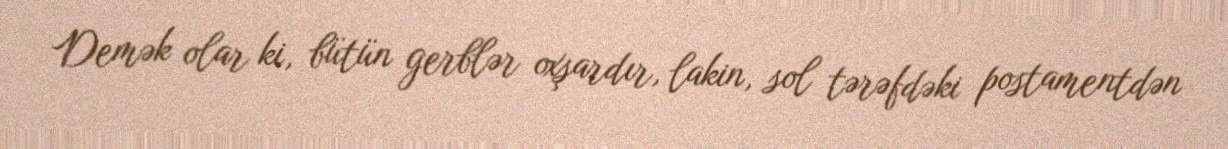
Demək olar ki, bütün gerblər oxşardır, lakin, sol tərəfdəki postamentdən